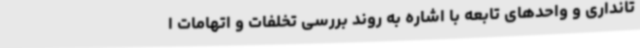
تانداری و واحدهای تابعه با اشاره به روند بررسی تخلفات و اتهامات ا